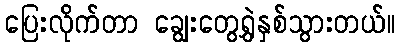
ပြေးလိုက်တာ ချွေးတွေရွှဲနှစ်သွားတယ်။